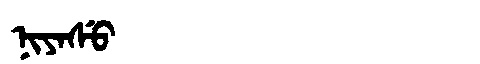
Manchu: ᠨᡳᠶᠠᠰᡠ
Romanization: NIYASU